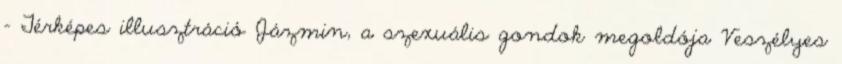
- Térképes illusztráció Jázmin, a szexuális gondok megoldója Veszélyes